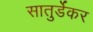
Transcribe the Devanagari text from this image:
सातुर्डेकर